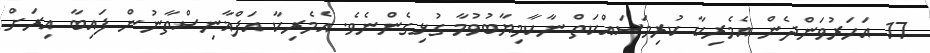
17 އަހަރުވަންދެން އެމެރިކާ ކުރިމަސައްކަތް ނާކާމިޔާބުވުމާ ގުޅިގެންނެވެ. އެމެރިކާ އަފްޣާނިސްތާނުން ފައިބާ އިރަށް